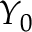
Y _ { 0 }